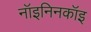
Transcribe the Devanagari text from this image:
नॉइनिनकॉइ